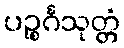
ပဉ္စင်္ဂသုတ္တံ